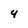
Character: 4